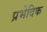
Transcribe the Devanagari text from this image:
प्रभेदिक